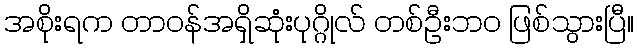
အစိုးရက တာဝန်အရှိဆုံးပုဂ္ဂိုလ် တစ်ဦးဘ၀ ဖြစ်သွားပြီ။